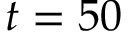
t = 5 0